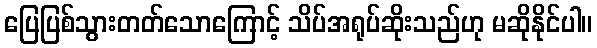
ပြေပြစ်သွားတတ်သောကြောင့် သိပ်အရုပ်ဆိုးသည်ဟု မဆိုနိုင်ပါ။